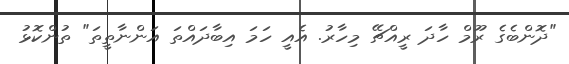
"ދޮންބެގެ ރޫމް ހާދަ ރީއްޗޭ މިހާރު. އެއީ ހަމަ އިބާދައްތަ އަންނާތީތަ" ތުންކޮޅު